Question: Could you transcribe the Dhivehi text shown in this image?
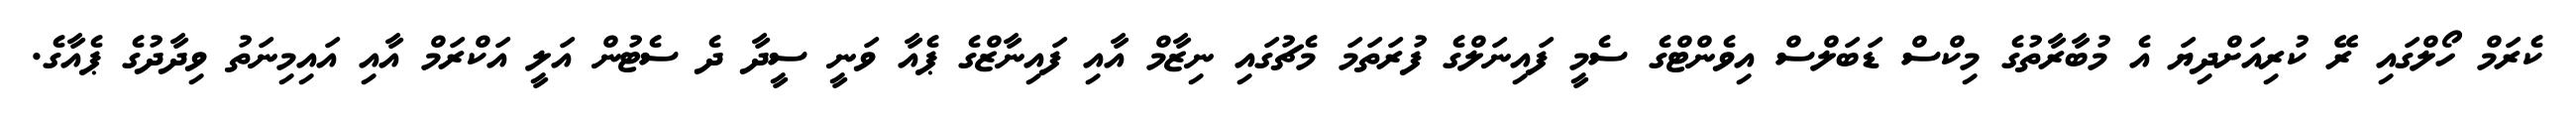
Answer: ކެރަމް ހޯލްގައި ރޭ ކުރިއަށްދިޔަ އެ މުބާރާތުގެ މިކްސް ޑަބަލްސް އިވެންޓްގެ ސެމީ ފައިނަލްގެ ފުރަތަމަ މެޗުގައި ނިޒާމް އާއި ފައިނާޒްގެ ޕެއާ ވަނީ ސީދާ ދެ ސެޓުން އަލީ އަކްރަމް އާއި އައިމިނަތު ވިދާދުގެ ޕެއާގެ.